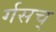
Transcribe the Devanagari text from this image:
र्गसच्